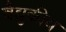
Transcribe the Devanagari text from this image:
वैद्युकीय